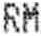
RM